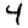
Digit: 4